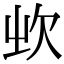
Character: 𣢑